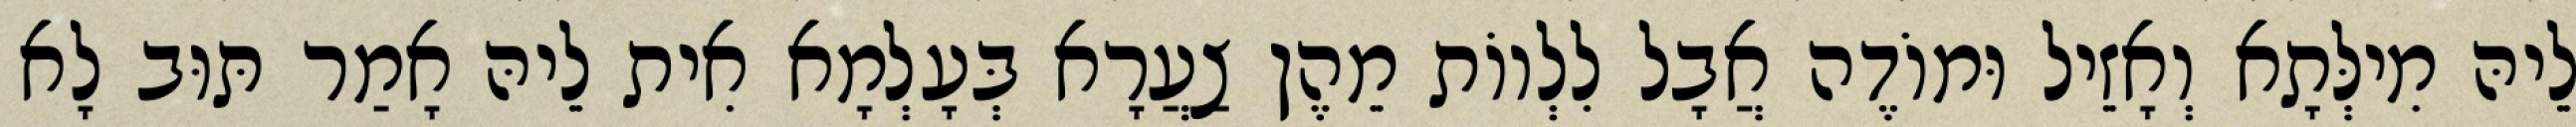
לֵיהּ מִילְּתָא וְאָזֵיל וּמוֹדֶה אֲבָל לִלְווֹת מֵהֶן צַעֲרָא בְּעָלְמָא אִית לֵיהּ אָמַר תּוּב לָא